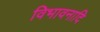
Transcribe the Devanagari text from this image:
विभावनादि